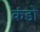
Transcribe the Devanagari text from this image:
कंडो